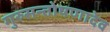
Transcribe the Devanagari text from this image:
गुरुसन्तोषणादेव